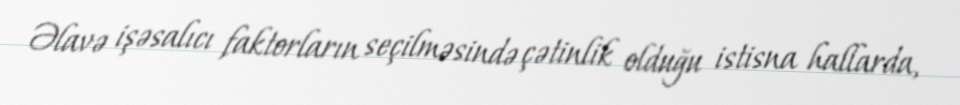
Əlavə işəsalıcı faktorların seçilməsində çətinlik olduğu istisna hallarda,